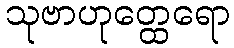
သုဗာဟုတ္ထေရော